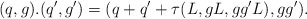
\begin{align*} (q,g).(q',g')=(q+q'+\tau(L,gL,gg'L),gg').\end{align*}